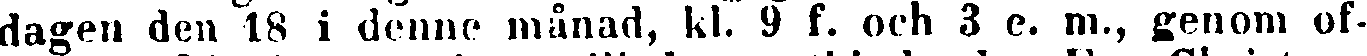
dagen den 18 i denne månad, kl. 9 k. och 3 e. m., genom of-